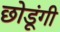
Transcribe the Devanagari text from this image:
छोडूंगी